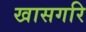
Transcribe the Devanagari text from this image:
खासगरि